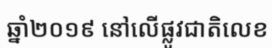
ឆ្នាំ២០១៩ នៅលើផ្លូវជាតិលេខ